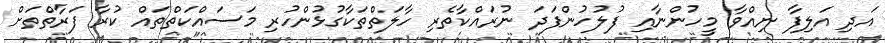
އަދި އަލިފާ ނިއްވާ މީހުންނާއި ފުލުހުންފަދަ ނުރައްކާތެރި ހާލަތްތަކާގުޅުންހުރި މަސައްކަތްތައް ކުރާ ފަރާތްތަށް